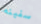
سفينه